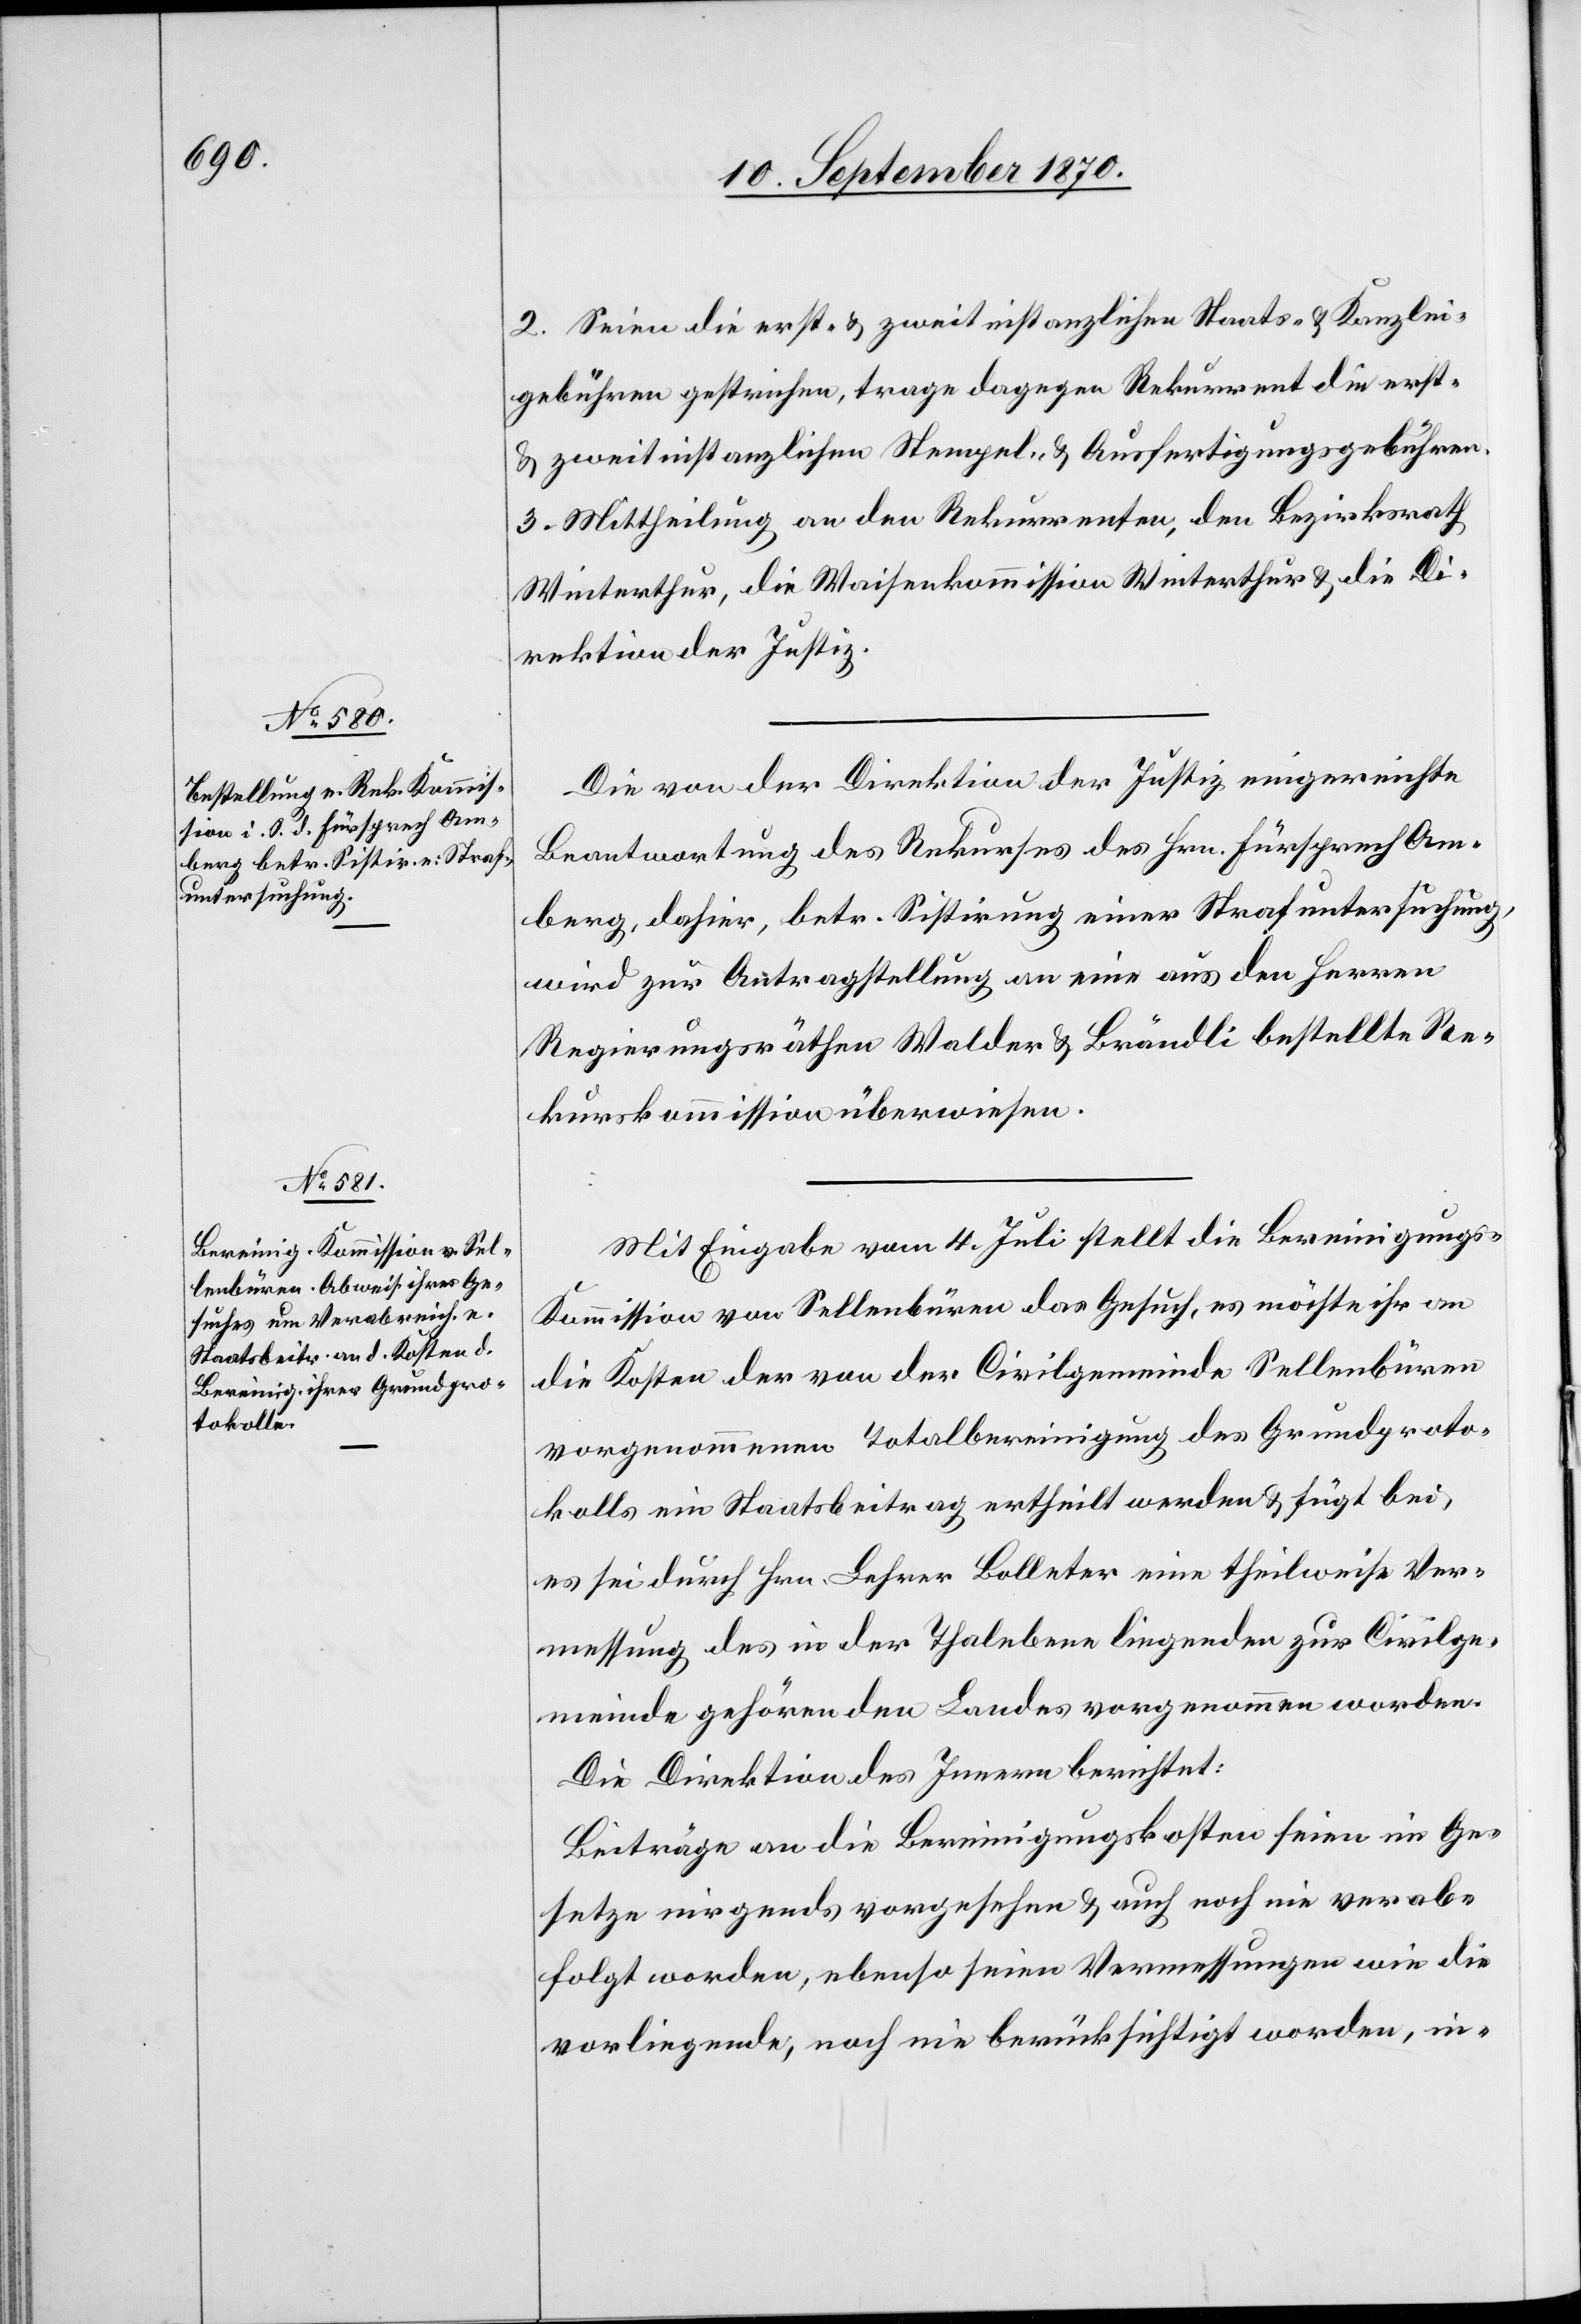
2. Seien die erst- & zweitinstanzlichen Staats- & Kanzlei¬
gebühren gestrichen, trage dagegen Rekurrent die erst-
& zweitinstanzlichen Stempel- & Ausfertigungsgebühren.
3. Mittheilung an den Rekurrenten, den Bezirksrath
Winterthur, die Waisenkommission Winterthur & die Di¬
rektion der Justiz.
Die von der Direktion der Justiz eingereichte
Beantwortung des Rekurses des Hrn. Fürsprech Am¬
berg, dahier, betr. Sistirung einer Strafuntersuchung,
wird zur Antragstellung an eine aus den Herren
Regierungsräthen Walder & Brändli bestellte Re¬
kurskommission überwiesen.
Mit Eingabe vom 4. Juli stellt die Bereinigung¬
s-Kommission von Sellenbüren das Gesuch, es möchte ihr an
die Kosten der von der Civilgemeinde Sellenbüren
vorgenommenen Totalbereinigung des Grundproto¬
kolls ein Staatsbeitrag ertheilt werden & fügt bei,
es sei durch Hrn. Lehrer Bolleter eine theilweise Ver¬
messung des in der Thalebene liegende zur Civilge¬
meinde gehörenden Landes vorgenommen worden.
Die Direktion des Innern berichtet:
Beiträge an die Bereinigungskosten seien im Ge¬
setze nirgends vorgesehen & auch noch nie verab¬
folgt worden, ebenso seien Vermessungen wie die
vorliegende, noch nie berücksichtigt worden, in-